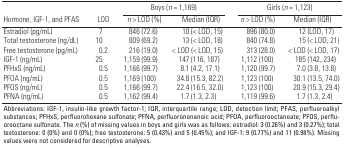
<table><thead><tr><td rowspan="2"><b>Hormone, IGF-1, and PFAS</b></td><td rowspan="2"><b>LOD</b></td><td colspan="2"><b>Boys (<i>n</i> = 1,169)</b></td><td colspan="2"><b>Girls (<i>n</i> = 1,123)</b></td></tr><tr><td><b><i>n</i> &gt; LOD (%)</b></td><td><b>Median (IQR)</b></td><td><b><i>n</i> &gt; LOD (%)</b></td><td><b>Median (IQR)</b></td></tr></thead><tbody><tr><td><b>Estradiol (pg/mL)</b></td><td>7</td><td>846 (72.6)</td><td>10 (&lt; LOD, 15)</td><td>896 (80.0)</td><td>12 (LOD, 17)</td></tr><tr><td><b>Total testosterone (ng/dL)</b></td><td>10</td><td>809 (69.2)</td><td>13 (&lt; LOD, 18)</td><td>840 (74.8)</td><td>15 (&lt; LOD, 21)</td></tr><tr><td><b>Free testosterone (pg/mL)</b></td><td>0.2</td><td>216 (19.0)</td><td>&lt; LOD (&lt; LOD, 15)</td><td>313 (28.0)</td><td>&lt; LOD (&lt; LOD, 17)</td></tr><tr><td><b>IGF-1 (ng/mL)</b></td><td>25</td><td>1,159 (99.9)</td><td>147 (116, 187)</td><td>1,112 (100)</td><td>185 (142, 234)</td></tr><tr><td><b>PFHxS (ng/mL)</b></td><td>0.5</td><td>1,166 (99.7)</td><td>8.1 (4.2, 17.1)</td><td>1,120 (99.7)</td><td>7.0 (3.8, 13.8)</td></tr><tr><td><b>PFOA (ng/mL)</b></td><td>0.5</td><td>1,169 (100)</td><td>34.8 (15.3, 82.2)</td><td>1,123 (100)</td><td>30.1 (13.5, 74.0)</td></tr><tr><td><b>PFOS (ng/mL)</b></td><td>0.5</td><td>1,166 (99.7)</td><td>22.4 (16.5, 32.0)</td><td>1,123 (100)</td><td>20.9 (15.3, 29.4)</td></tr><tr><td><b>PFNA (ng/mL)</b></td><td>0.5</td><td>1,162 (99.4)</td><td>1.7 (1.3, 2.3)</td><td>1,119 (99.6)</td><td>1.7 (1.3, 2.4)</td></tr><tr><td colspan="6">Abbreviations: IGF-1, insulin-like growth factor-1; IQR, interquartile range; LOD, detection limit; PFAS, perfluoroalkyl substances; PFHxS, perfluorohexane sulfonate; PFNA, perfluorononanoic acid; PFOA, perfluorooctanoate; PFOS, perfluorooctane sulfonate. The <i>n</i> (%) of missing values in boys and girls was as follows: estradiol: 3 (0.26%) and 3 (0.27%); total testosterone: 0 (0%) and 0 (0%); free testosterone: 5 (0.43%) and 5 (0.45%); and IGF-1: 9 (0.77%) and 11 (0.98%). Missing values were not considered for descriptive analyses.</td></tr></tbody></table>